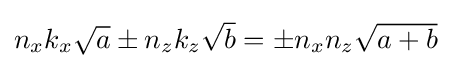
{\textstyle n_{x}k_{x}{\sqrt {a}}\pm n_{z}k_{z}{\sqrt {b}}=\pm n_{x}n_{z}{\sqrt {a+b}}}